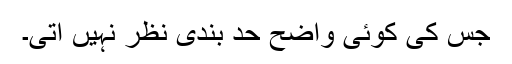
جس کی کوئی واضح حد بندی نظر نہیں آتی۔